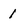
Character: 1